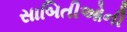
સાબિતીઓની